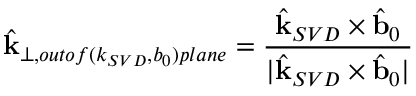
\hat { \mathbf { k } } _ { \perp , o u t o f ( k _ { S V D } , b _ { 0 } ) p l a n e } = \frac { \hat { \mathbf { k } } _ { S V D } \times \hat { \mathbf { b } } _ { 0 } } { | \hat { \mathbf { k } } _ { S V D } \times \hat { \mathbf { b } } _ { 0 } | }